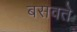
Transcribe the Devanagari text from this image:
बसवते